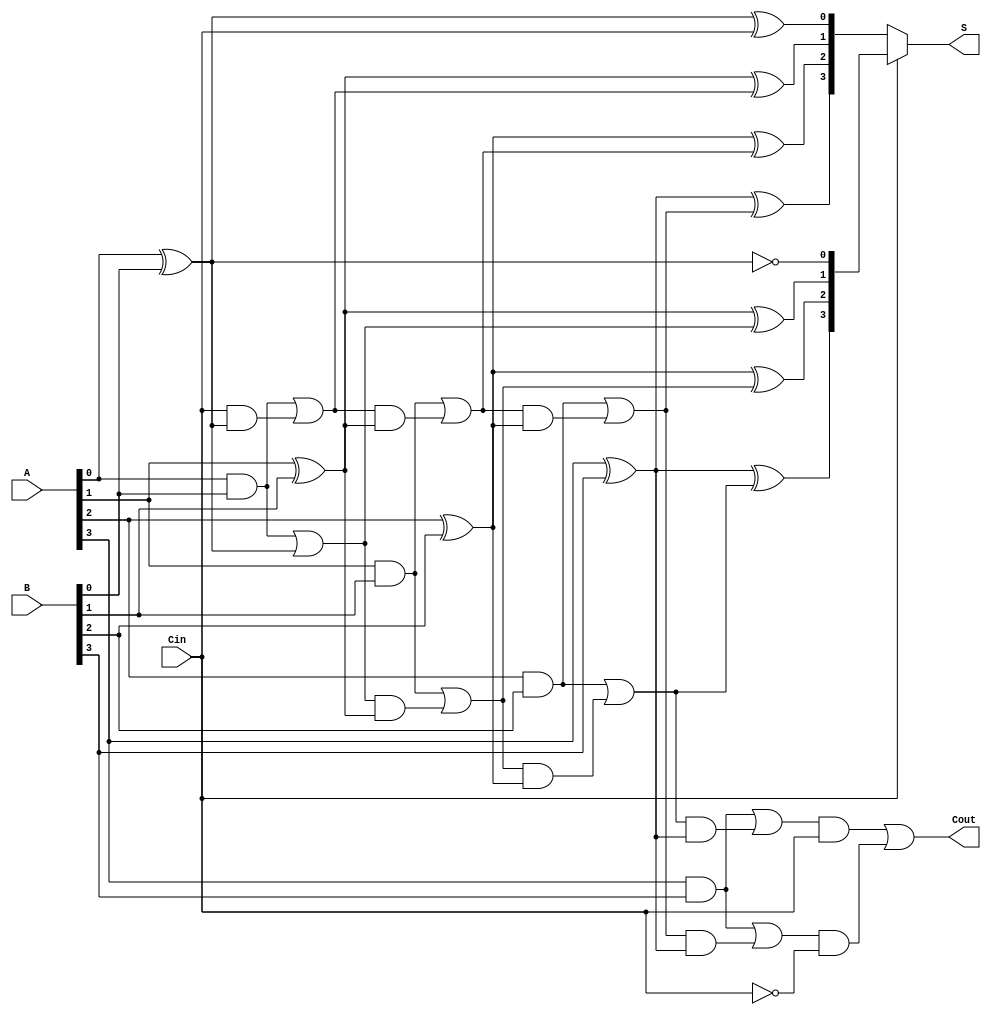
module conditional_sum_adder #(
    parameter N = 4  // Define bit-width of the adder
)(
    input  [N-1:0] A,   // First n-bit binary number
    input  [N-1:0] B,   // Second n-bit binary number
    input          Cin,  // Carry-in
    output [N-1:0] S,    // Sum output
    output         Cout   // Carry-out
);

    wire [N:0] C0, C1; // Carry signals for carry-in = 0 and carry-in = 1
    wire [N-1:0] S0, S1; // Sum outputs for carry-in = 0 and 1

    // Full Adder computation for each bit
    genvar i;
    generate
        for (i = 0; i < N; i = i + 1) begin: adder_group
            if (i == 0) begin
                // First full adder with Cin
                assign S0[i] = A[i] ^ B[i] ^ Cin; // Sum with carry-in = 0
                assign S1[i] = A[i] ^ B[i] ^ 1'b1; // Sum with carry-in = 1
                assign C0[i+1] = (A[i] & B[i]) | (Cin & (A[i] ^ B[i])); // Carry-out for Cin = 0
                assign C1[i+1] = (A[i] & B[i]) | (1'b1 & (A[i] ^ B[i])); // Carry-out for Cin = 1
            end else begin
                // Full adders for subsequent bits
                assign S0[i] = A[i] ^ B[i] ^ C0[i]; // Sum with carry-in = 0
                assign S1[i] = A[i] ^ B[i] ^ C1[i]; // Sum with carry-in = 1
                assign C0[i+1] = (A[i] & B[i]) | (C0[i] & (A[i] ^ B[i])); // Carry-out for Cin = 0
                assign C1[i+1] = (A[i] & B[i]) | (C1[i] & (A[i] ^ B[i])); // Carry-out for Cin = 1
            end
        end
    endgenerate

    // Select the final sum and carry-out based on the final carry
    assign S = Cin ? S1 : S0;
    assign Cout = C1[N] & Cin | C0[N] & ~Cin;

endmodule